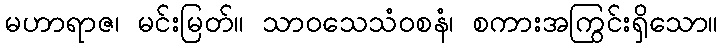
မဟာရာဇ၊ မင်းမြတ်။ သာဝသေသံဝစနံ၊ စကားအကြွင်းရှိသော။